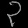
Digit: ၃